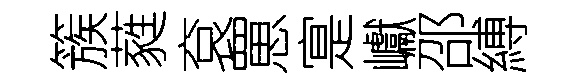
簇蕤袞罳寔巘邵縛